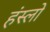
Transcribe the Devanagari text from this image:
हंस्लो